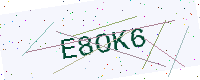
Text: E8OK6